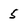
Character: 5